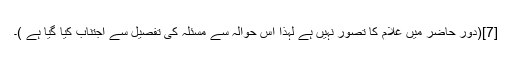
[7](دور حاضر میں غلام کا تصور نہیں ہے لہٰذا اس حوالہ سے مسئلہ کی تفصیل سے اجتناب کیا گیا ہے )۔